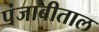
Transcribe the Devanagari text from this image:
पंजाबीताल